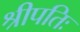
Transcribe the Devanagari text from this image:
श्रीपतिः